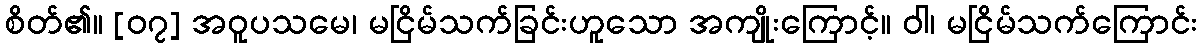
စိတ်၏။ [၀၇] အဝူပသမေ၊ မငြိမ်သက်ခြင်းဟူသော အကျိုးကြောင့်။ ဝါ၊ မငြိမ်သက်ကြောင်း